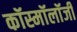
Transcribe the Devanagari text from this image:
कॉस्मॉलॉजी